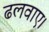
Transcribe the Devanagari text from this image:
ढलवाए।